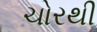
ચોરથી